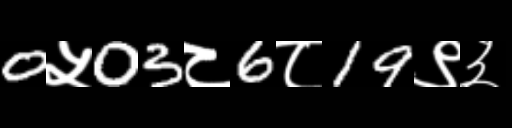
Text: 0५03८6८19९३